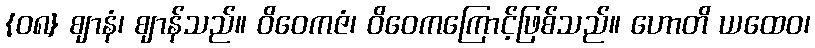
{၀၈} ဈာနံ၊ ဈာန်သည်။ ဝိဝေကဇံ၊ ဝိဝေကကြောင့်ဖြစ်သည်။ ဟောတိ ယထေဝ၊